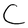
Character: C